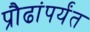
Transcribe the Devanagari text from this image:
प्रौढांपर्यंत